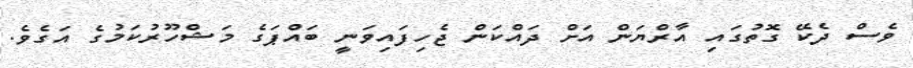
ވެސް ދެކޭ ގޮތުގައި އާރްޔަން އަށް ދައްކަން ޖެހިފައިވަނީ ބައްޕަގެ މަޝްހޫރުކަމުގެ އަގެވެ.